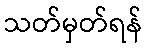
သတ်မှတ်ရန်